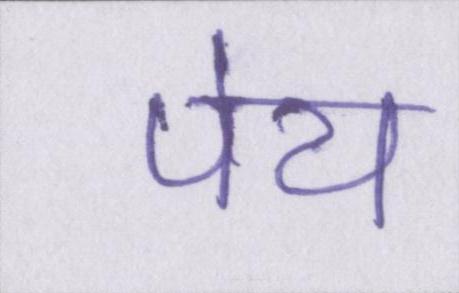
पेय